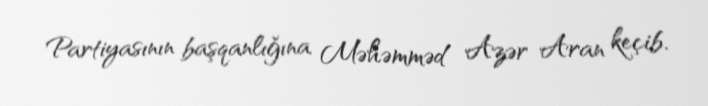
Partiyasının başqanlığına Məhəmməd Azər Aran keçib.